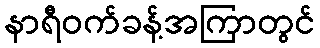
နာရီဝက်ခန့်အကြာတွင်